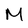
Character: M